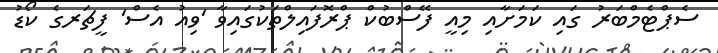
ސެޕްޓެމްބަރު ގައި ކަމަށާއި މިއީ ފޭސްބުކް ޕްރޮފައިލްތަކުގައިވާ 'ވިއު އެސް' ފީޗަރގެ ކޯޑު